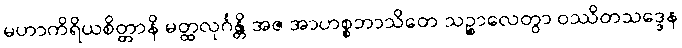
မဟာကိရိယစိတ္တာနိ မတ္ထလုင်္ဂန္တိ အဇ အာဟစ္စဘာသိတေ သဉ္စာလေတွာ ဝဿိတသဒ္ဒေန